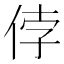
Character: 侼